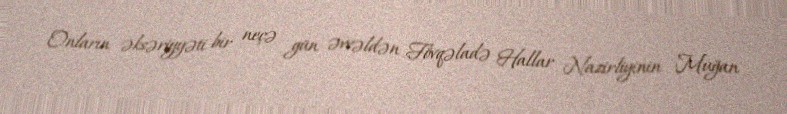
Onların əksəriyyəti bir neçə gün əvvəldən Fövqəladə Hallar Nazirliyinin Muğan